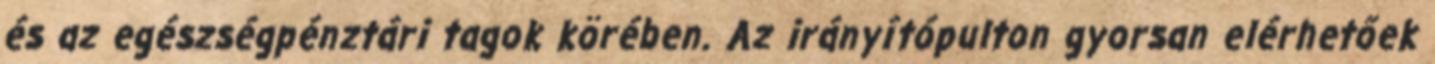
és az egészségpénztári tagok körében. Az irányítópulton gyorsan elérhetőek